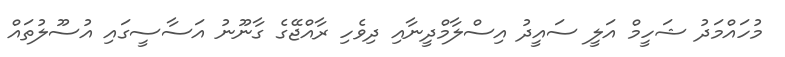
މުހައްމަދު ޝަހީމް އަލީ ސައީދު އިސްލާމްދީނާއި ދިވެހި ރާއްޖޭގެ ގާނޫނު އަސާސީގައި އުސޫލުތައް